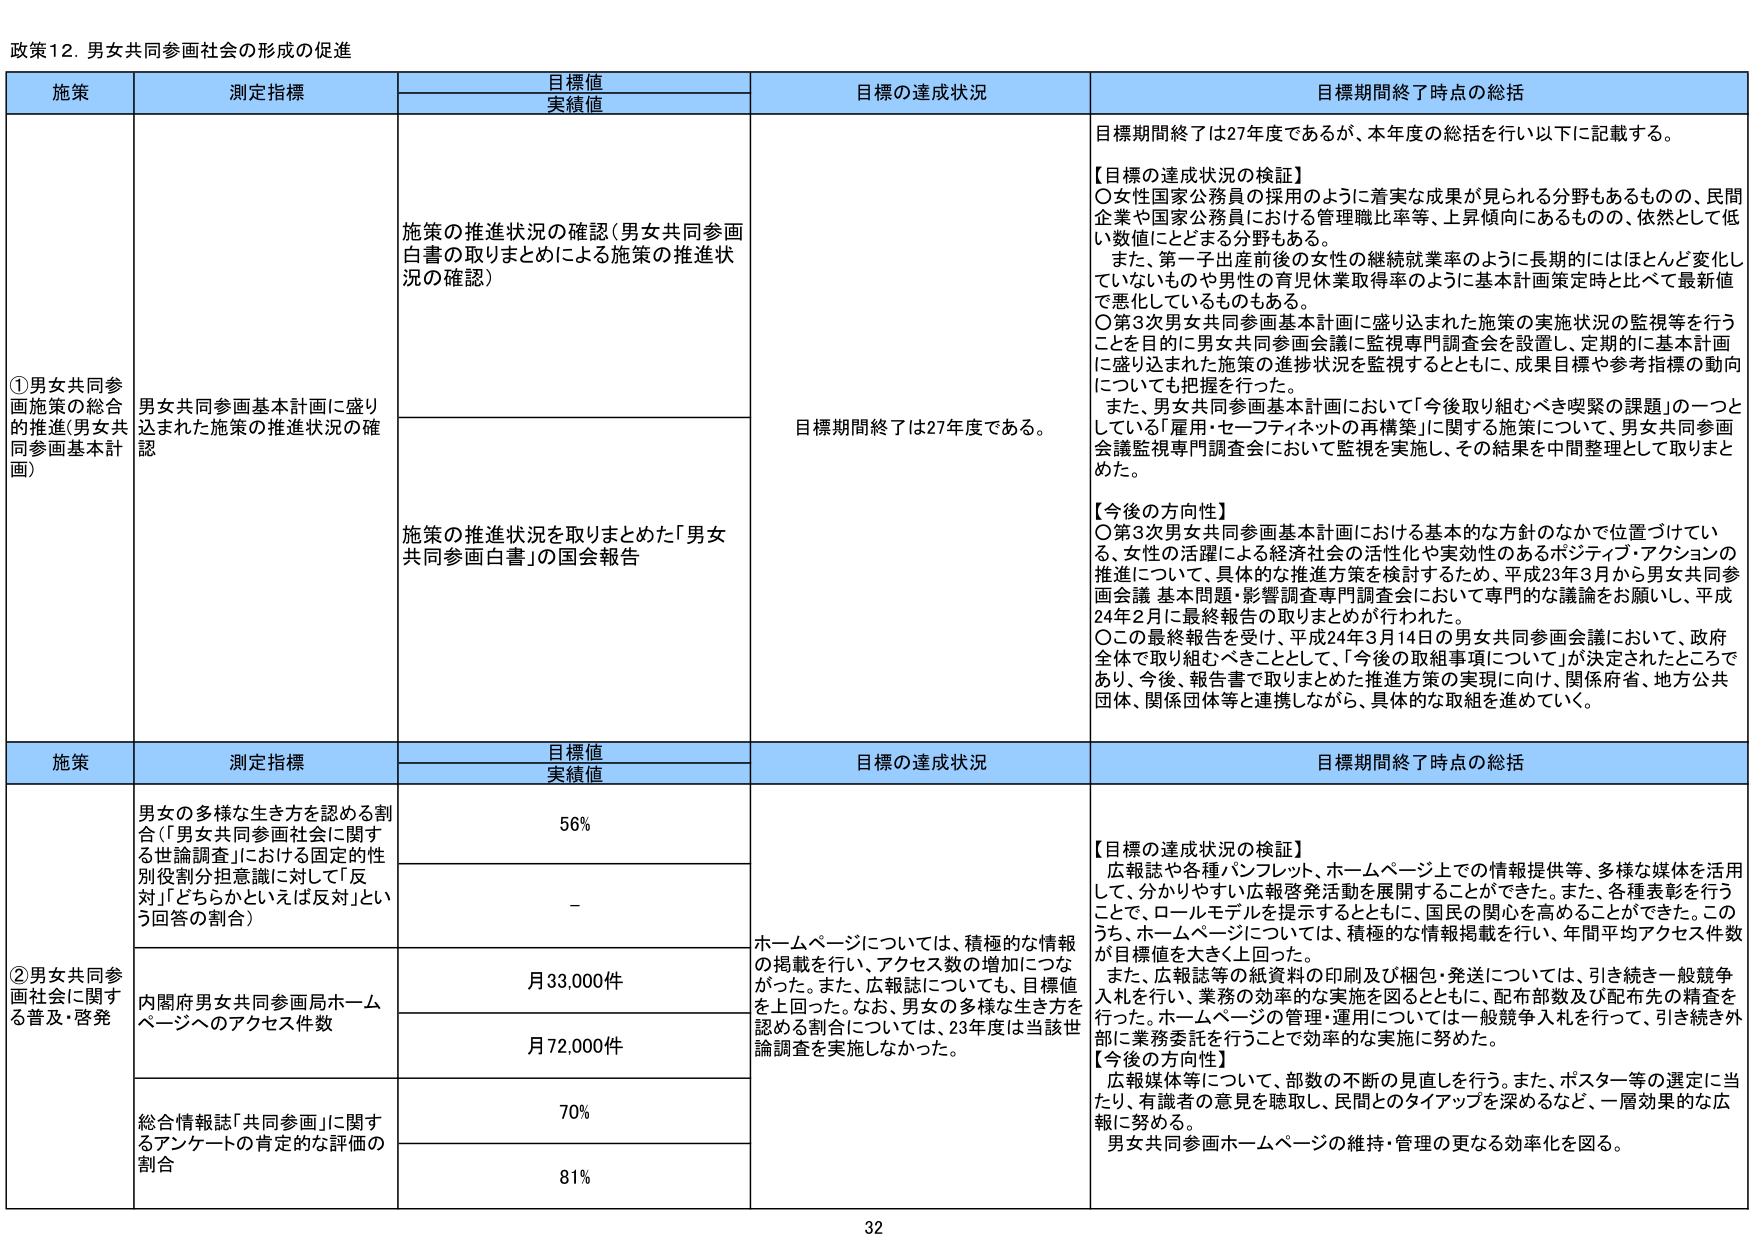
政策12．男女共同参画社会の形成の促進

施策 測定指標 目標値 実績値 目標の達成状況 目標期間終了時点の総括

①男女共同参画施策の総合的推進（男女共同参画基本計画） 男女共同参画基本計画に盛り込まれた施策の推進状況の確認 施策の推進状況の確認（男女共同参画白書の取りまとめによる施策の推進状況の確認） 目標期間終了は27年度である。 目標期間終了は27年度であるが、本年度の総括を行い以下に記載する。 【目標の達成状況の検証】 ○女性国家公務員の採用のように着実な成果が見られる分野もあるものの、民間企業や国家公務員における管理職比率等、上昇傾向にあるものの、依然として低い数値にとどまる分野もある。 また、第一子出産前後の女性の継続就業率のように長期的にはほとんど変化していないものや男性の育児休業取得率のように基本計画策定時と比べて最新値で悪化しているものもある。 ○第3次男女共同参画基本計画に盛り込まれた施策の実施状況の監視等を行うことを目的に男女共同参画会議に監視専門調査会を設置し、定期的に基本計画に盛り込まれた施策の進捗状況を監視するとともに、成果目標や参考指標の動向についても把握を行った。 また、男女共同参画基本計画において「今後取り組むべき喫緊の課題」の一つとしている「雇用・セーフティネットの再構築」に関する施策について、男女共同参画会議監視専門調査会において監視を実施し、その結果を中間整理として取りまとめた。 【今後の方針性】 ○第3次男女共同参画基本計画における基本的な方針のなかで位置づけている、女性の活躍による経済社会の活性化や実効性のあるポジティブ・アクションの推進について、具体的な推進方策を検討するため、平成23年3月から男女共同参画会議 基本問題・影響調査専門調査会において専門的な議論をお願いし、平成24年2月に最終報告の取りまとめが行われた。 ○この最終報告を受け、平成24年3月14日の男女共同参画会議において、政府全体で取り組むべきこととして、「今後の取組事項について」が決定されたところであり、今後、報告書で取りまとめた推進方策の実現に向け、関係府省、地方公共団体、関係団体等と連携しながら、具体的な取組を進めていく。

施策 測定指標 目標値 実績値 目標の達成状況 目標期間終了時点の総括

②男女共同参画社会に関する普及・啓発 男女の多様な生き方を認める割合（「男女共同参画社会に関する世論調査」における固定的性別役割分担意識に対して「反対」「どちらかといえば反対」という回答の割合） 56% - ホームページについては、積極的な情報の掲載を行い、アクセス数の増加につながった。また、広報誌についても、目標値を上回った。なお、男女の多様な生き方を認める割合については、23年度は当該世論調査を実施しなかった。 【目標の達成状況の検証】 広報誌や各種パンフレット、ホームページ上での情報提供等、多様な媒体を活用して、分かりやすい広報啓発活動を展開することができた。また、各種表彰を行うことで、ロールモデルを提示するとともに、国民の関心を高めることができた。このうち、ホームページについては、積極的な情報掲載を行い、年間平均アクセス件数が目標値を大きく上回った。 また、広報誌等の紙資料の印刷及び梱包・発送については、引き続き一般競争入札を行い、業務の効率的な実施を図るとともに、配布部数及び配布先の精査を行った。ホームページの管理・運用については一般競争入札を行って、引き続き外部に業務委託を行うことで効率的な実施に努めた。 【今後の方針性】 広報媒体等について、部数の不断の見直しを行う。また、ポスター等の選定に当たり、有識者の意見を聴取し、民間とのタイアップを深めるなど、一層効果的な広報に努める。 男女共同参画ホームページの維持・管理の更なる効率化を図る。

内閣府男女共同参画局ホームページへのアクセス件数 月33,000件 月72,000件

総合情報誌「共同参画」に関するアンケートの肯定的な評価の割合 70% 81%

32